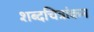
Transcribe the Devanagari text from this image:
शब्दचित्रांकन